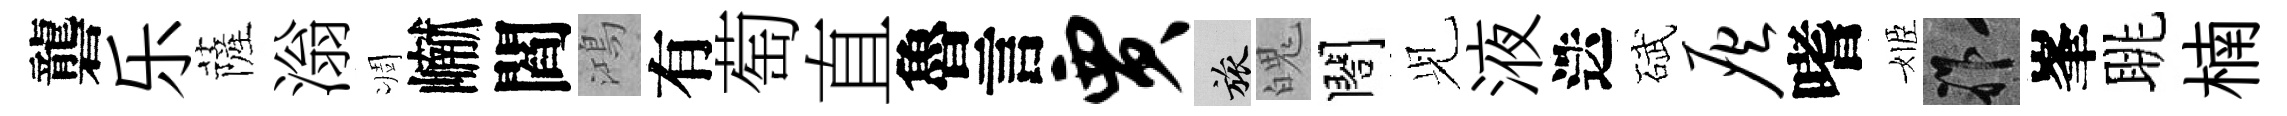
礱乐薩滃凋𪩘閻鴻有萄直魯言贾旅魄閤𫤗液迭碔灰嗜姬祚峯眺楠